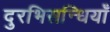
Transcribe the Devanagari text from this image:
दुरभिसन्धियाँ